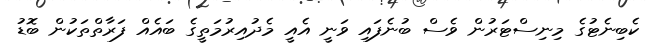
ކެބިނެޓުގެ މިނިސްޓަރުން ވެސް ބުނެފައި ވަނީ އެއީ މެދުއިރުމަތީގެ ބައެއް ފަރާތްތަކުން ބޮޑު